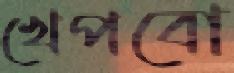
খেপবো